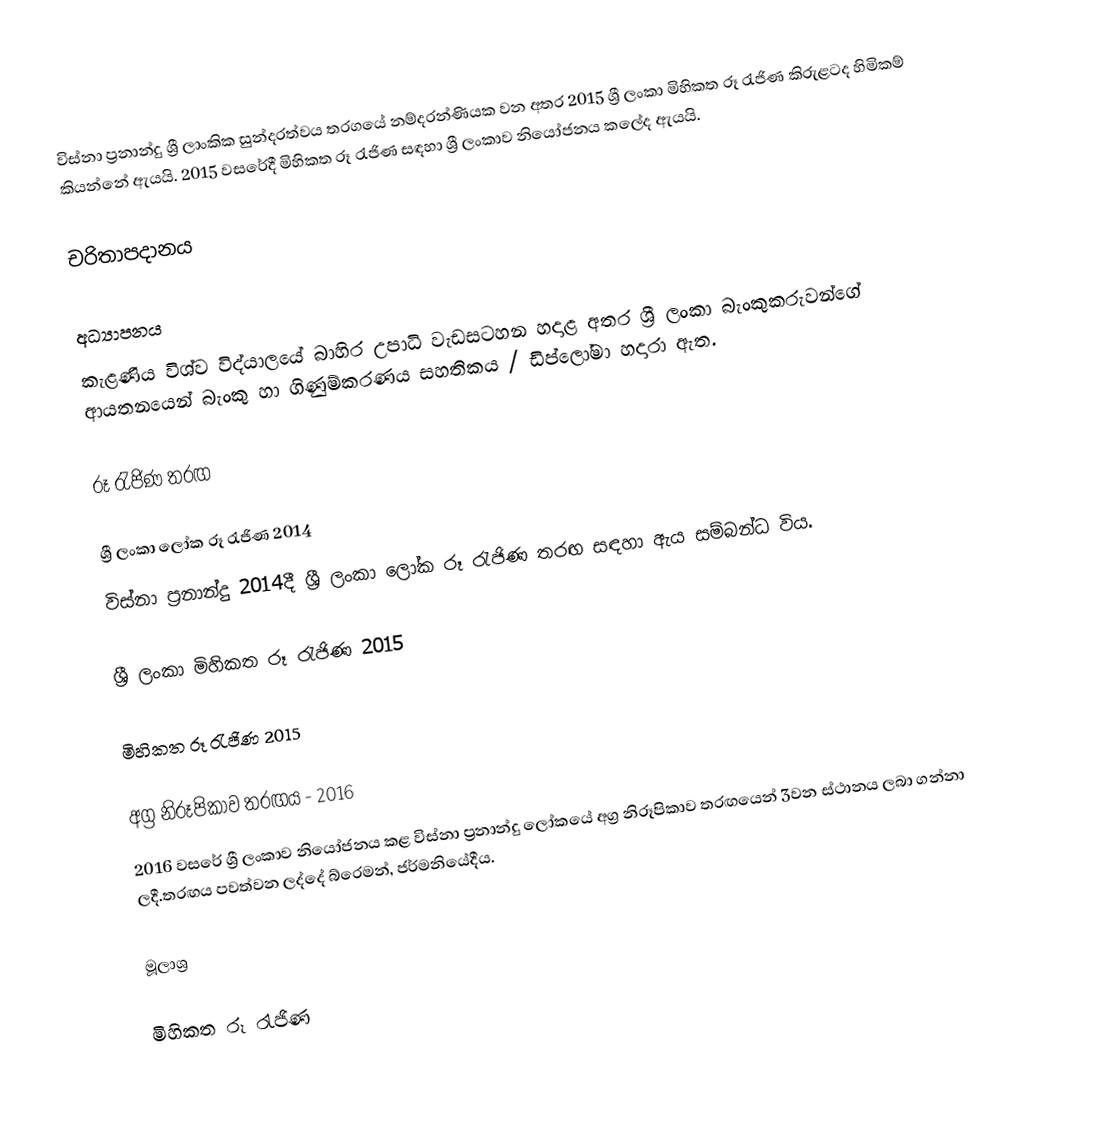
විස්නා ප්‍රනාන්දු  ශ්‍රී ලාංකික සුන්දරත්වය තරගයේ නම්දරන්ණියක වන අතර 2015 ශ්‍රී ලංකා මිහිකත රූ රැජිණ කිරුළටද හිමිකම් කියන්නේ ඇයයි. 2015 වසරේදී මිහිකත රූ රැජිණ සඳහා ශ්‍රී ලංකාව නියෝජනය කලේද ඇයයි.

චරිතාපදානය

අධ්‍යාපනය
කැළණිය විශ්ව විද්යාලයේ බාහිර උපාධි වැඩසටහන  හදාළ අතර ශ්‍රී ලංකා බැංකුකරුවන්ගේ ආයතනයෙන් බැංකු හා ගිණුම්කරණය සහතිකය / ඩිප්ලෝමා හදාරා ඇත.

රූ රැජිණ තරඟ

ශ්‍රී ලංකා ලෝක රූ රැජිණ 2014
විස්නා ප්‍රනාන්දු 2014දී ශ්‍රී ලංකා ලෝක රූ රැජිණ තරඟ සඳහා ඇය සම්බන්ධ විය.

ශ්‍රී ලංකා මිහිකත රූ රැජිණ 2015

මිහිකත රූ රැජිණ 2015

අග්‍ර නිරූපිකාව තරඟය - 2016
2016 වසරේ ශ්‍රී ලංකාව නියෝජනය කළ විස්නා ප්‍රනාන්දු ලෝකයේ අග්‍ර නිරූපිකාව තරඟයෙන් 3වන ස්ථානය ලබා ගන්නා ලදී.තරඟය පවත්වන ලද්දේ බ්රෙමන්, ජර්මනියේදීය.

මූලාශ්‍ර

මිහිකත රූ රැජිණ